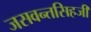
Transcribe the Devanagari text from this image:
जसवन्तसिहजी